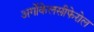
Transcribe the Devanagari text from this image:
अर्गोकेलसीफेरोल